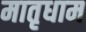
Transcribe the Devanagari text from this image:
मातृधाम